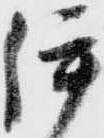
伊